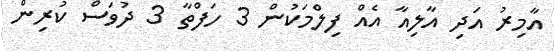
އާމިރު އަދި އާލިއާ އެއް ފިލްމަކުން 3 ހަފްތާ 3 ދުވަސް ކުރިން